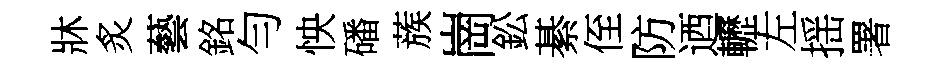
牀炙藝銘勻怏磻蔟崗鈆綦侄防迺轣左揺署